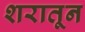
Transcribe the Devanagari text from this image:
शरातून